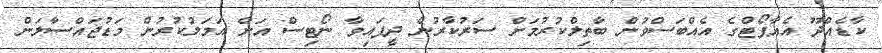
ކާޑެއްދޫ އެއާޕޯޓްގެ އެއްބަސްވުން ބާތިލްކުރުމަށް ސަރުކާރުން ދީފައިވާ ނޯޓިސް އަށް އަމަލުކުރުން މަޑުޖައްސާލަން